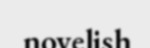
novelish